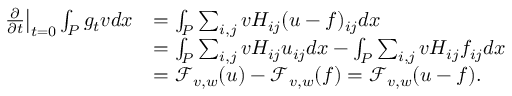
\begin{array} { r l } { \left. \frac { \partial } { \partial t } \right| _ { t = 0 } \int _ { P } g _ { t } v d x } & { = \int _ { P } \sum _ { i , j } v H _ { i j } ( u - f ) _ { i j } d x } \\ & { = \int _ { P } \sum _ { i , j } v H _ { i j } u _ { i j } d x - \int _ { P } \sum _ { i , j } v H _ { i j } f _ { i j } d x } \\ & { = \mathcal { F } _ { v , w } ( u ) - \mathcal { F } _ { v , w } ( f ) = \mathcal { F } _ { v , w } ( u - f ) . } \end{array}